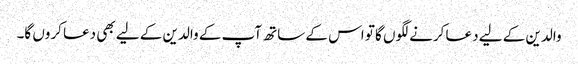
والدین کے لیے دعا کرنے لگوں گا تو اس کے ساتھ آپ کے والدین کے لیے بھی دعا کروں گا۔